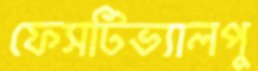
ফেসটিভ্যালপু